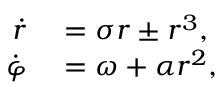
\begin{array} { r l } { \dot { r } } & { { } = \sigma r \pm r ^ { 3 } , } \\ { \dot { \varphi } } & { { } = \omega + \alpha r ^ { 2 } , } \end{array}